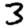
Digit: 3